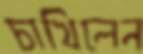
চাখিলেন